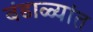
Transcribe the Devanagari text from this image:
बंडाळ्यांत